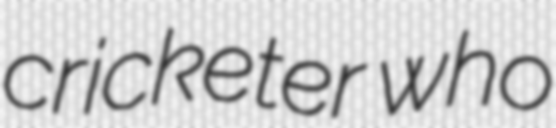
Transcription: cricketer who